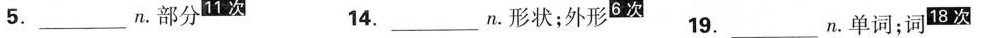
5.________n。部分^{11次}14._________n。形状；外形^{6次} 19._________n。单词；词明^{18次}